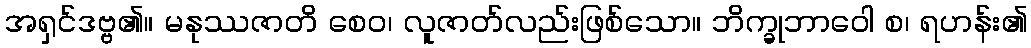
အရှင်ဒဗ္ဗ၏။ မနုဿဇာတိ စေဝ၊ လူဇာတ်လည်းဖြစ်သော။ ဘိက္ခုဘာဝေါ စ၊ ရဟန်း၏